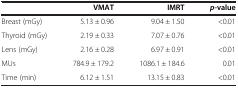
<table><thead><tr><td><b> </b></td><td><b>VMAT</b></td><td><b>IMRT</b></td><td><b><i>p</i>-value</b></td></tr></thead><tbody><tr><td>Breast (mGy)</td><td>5.13 ± 0.96</td><td>9.04 ± 1.50</td><td>&lt;0.01</td></tr><tr><td>Thyroid (mGy)</td><td>2.19 ± 0.33</td><td>7.07 ± 0.76</td><td>&lt;0.01</td></tr><tr><td>Lens (mGy)</td><td>2.16 ± 0.28</td><td>6.97 ± 0.91</td><td>&lt;0.01</td></tr><tr><td>MUs</td><td>784.9 ± 179.2</td><td>1086.1 ± 184.6</td><td>0.01</td></tr><tr><td>Time (min)</td><td>6.12 ± 1.51</td><td>13.15 ± 0.83</td><td>&lt;0.01</td></tr></tbody></table>